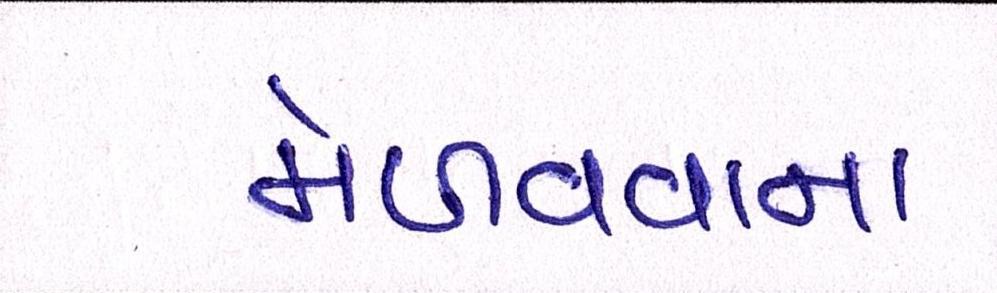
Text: મેળવવાના